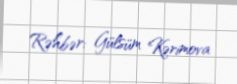
Rəhbər: Gülsüm Kərimova